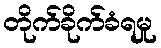
တိုက်ခိုက်ခံရမှု